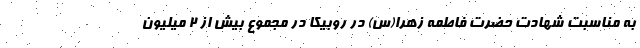
به مناسبت شهادت حضرت فاطمه زهرا(س) در روبیکا در مجموع بیش از ٢ میلیون